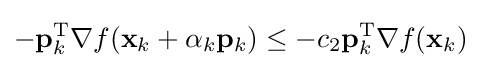
{-\mathbf {p} }_{k}^{\mathrm {T} }\nabla f(\mathbf {x} _{k}+\alpha _{k}\mathbf {p} _{k})\leq -c_{2}\mathbf {p} _{k}^{\mathrm {T} }\nabla f(\mathbf {x} _{k})